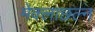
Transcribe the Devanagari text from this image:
मेक्लाछल्न